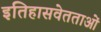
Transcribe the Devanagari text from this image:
इतिहासवेतताओं